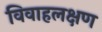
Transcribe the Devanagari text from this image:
विवाहलक्षण